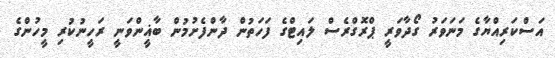
އަސްކަރިއްޔާގެ މަނަވަރު ގޯދާވަރީ ޕްރޮގްރެސް ލައިޓްގެ ފަހަތުން ދާންފެށުމުން ބާޣީންވަނީ ރަހީނުކުރި މީހުންގެ